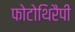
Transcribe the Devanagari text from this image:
फोटोथिरैपी